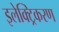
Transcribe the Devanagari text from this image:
इलेक्ट्रिकरण